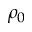
\rho _ { 0 }